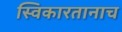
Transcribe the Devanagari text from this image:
स्विकारतानाच